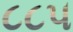
૮૮૫